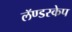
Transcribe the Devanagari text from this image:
लॅण्डस्केप